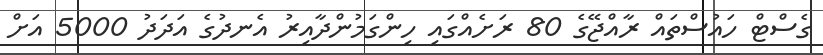
ގެސްޓް ހައުސްތައް ރާއްޖޭގެ 80 ރަށެއްގައި ހިންގަމުންދާއިރު އެނދުގެ އަދަދު 5000 އަށް